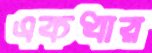
একধার